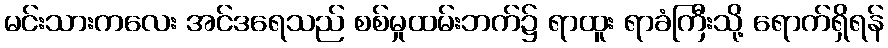
မင်းသားကလေး အင်ဒရေသည် စစ်မှုထမ်းဘက်၌ ရာထူး ရာခံကြီးသို့ ရောက်ရှိရန်